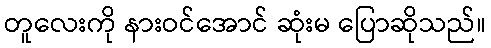
တူလေးကို နားဝင်အောင် ဆုံးမ ပြောဆိုသည်။